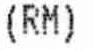
(RM)